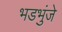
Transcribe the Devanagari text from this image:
भडभुंजे